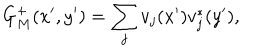
G _ { M } ^ { + } ( x ^ { \prime } , y ^ { \prime } ) = \sum _ { j } v _ { j } ( x ^ { \prime } ) v _ { j } ^ { * } ( y ^ { \prime } ) ,